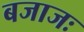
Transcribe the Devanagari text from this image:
बजाजः